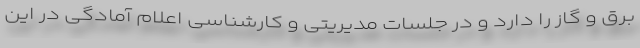
برق و گاز را دارد و در جلسات مدیریتی و کارشناسی اعلام آمادگی در این